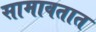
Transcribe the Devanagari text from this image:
सामावतात